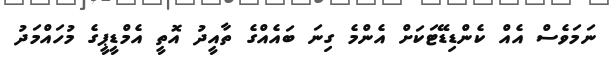
ނަމަވެސް އެއް ކެންޑިޑޭޓަކަށް އެންމެ ގިނަ ބައެއްގެ ތާއީދު އޮތީ އެމްޑީީޕީގެ މުހައްމަދު